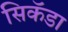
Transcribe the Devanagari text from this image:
सिकॅडा